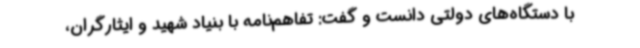
با دستگاه‌های دولتی دانست و گفت: تفاهم‌نامه با بنیاد شهید و ایثارگران،